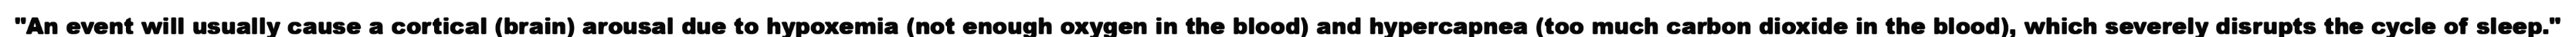
"An event will usually cause a cortical (brain) arousal due to hypoxemia (not enough oxygen in the blood) and hypercapnea (too much carbon dioxide in the blood), which severely disrupts the cycle of sleep."